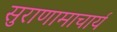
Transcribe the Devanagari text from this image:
सुराणामाचार्य